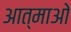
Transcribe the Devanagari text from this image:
आत्माओ